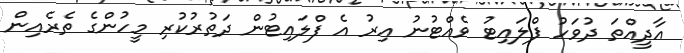
އާދީއްތަ ދުވަހު ފްލައިޓު ވެއްޓުނު އިރު އެ ފްލައިޓުން ދަތުރުކުރި މީހުންގެ ތެރެއިން